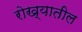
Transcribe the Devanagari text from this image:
रोख्यातील